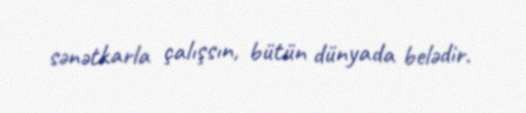
sənətkarla çalışsın, bütün dünyada belədir.